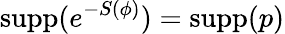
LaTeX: \textrm{supp}(e^{-S(\phi)})=\textrm{supp}(p)